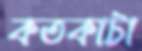
কতকাটা